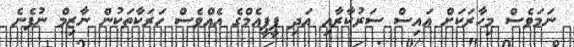
ނަމަވެސް މިހާރަކަށް އައިސް ސަރުކާރާއި އަދި ޕީޕީއެމްގެ އެއްވެސް ހަރަކާތަކުން ނާޒިމް ނުފެނެ